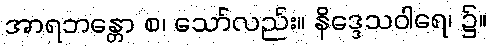
အာရဘန္တော စ၊ သော်လည်း။ နိဒ္ဒေသဝါရေ၊ ၌။